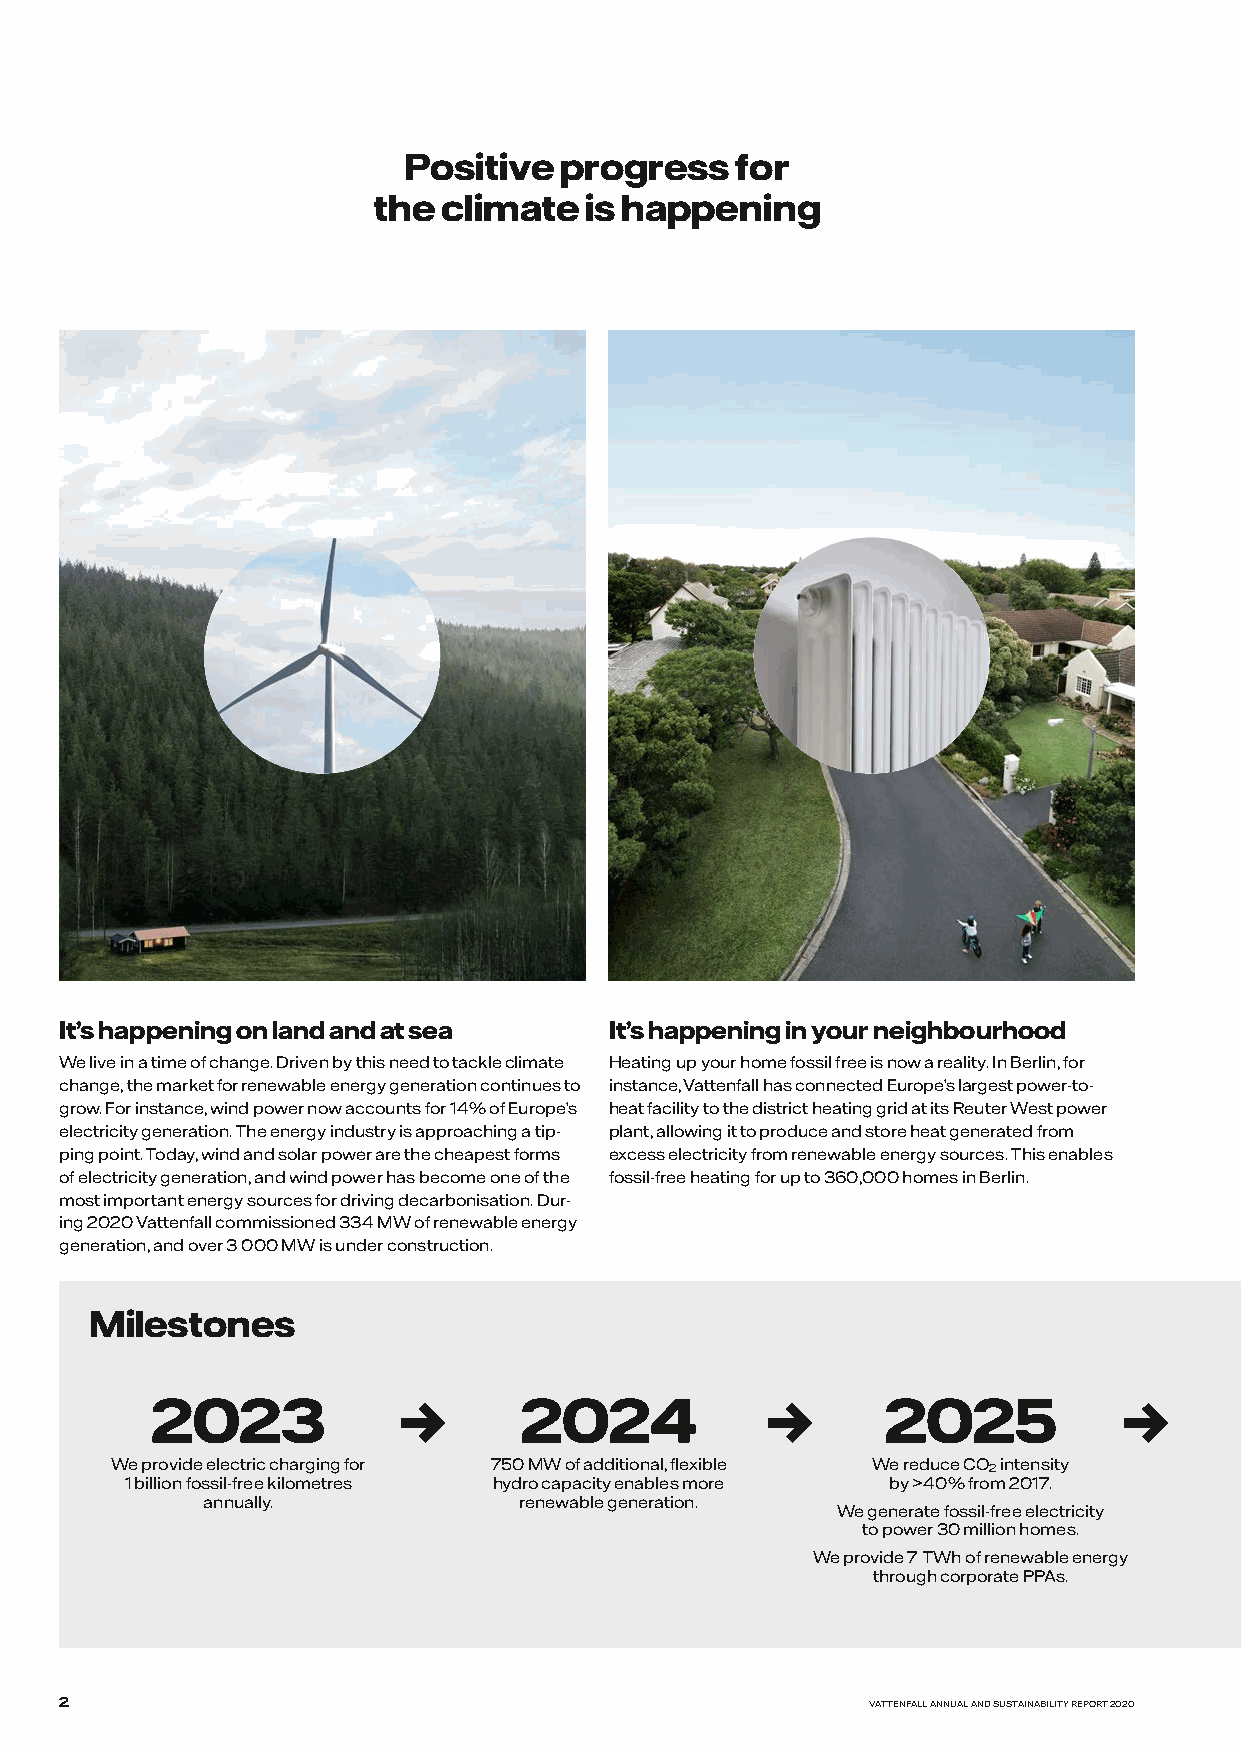
Positive  progress    for
 the climate   is happening
 It’s happening on land and at sea   It’s happening in your neighbourhood
 We live in a time of change. Driven by this need to tackle climate Heating up your home fossil free is now a reality. In Berlin, for
 change, the market for renewable energy generation continues to instance, Vattenfall has connected Europe’s largest power-to-
 grow. For instance, wind power now accounts for 14% of Europe’s heat facility to the district heating grid at its Reuter West power
 electricity generation. The energy industry is approaching a tip- plant, allowing it to produce and store heat generated from
 ping point. Today, wind and solar power are the cheapest forms excess electricity from renewable energy sources. This enables
 of electricity generation, and wind power has become one of the fossil-free heating for up to 360,000 homes in Berlin.
 most important energy sources for driving decarbonisation. Dur-
 ing 2020 Vattenfall commissioned 334 MW of renewable energy
 generation, and over 3 000 MW is under construction.
 Milestones
 2023            →       2024             →       2025           →
 We provide electric charging for 750 MW of additional, flexible We reduce CO2 intensity
 1 billion fossil-free kilometres hydro capacity enables more by >40% from 2017.
 annually.            renewable generation.
 We generate fossil-free electricity
 to power 30 million homes.
 We provide 7 TWh of renewable energy
 through corporate PPAs.
 2                                                     VATTENFALL ANNUAL AND SUSTAINABILITY REPORT 2020